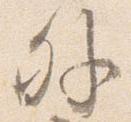
外